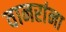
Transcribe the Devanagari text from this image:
वानरांना